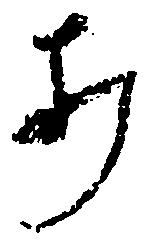
打